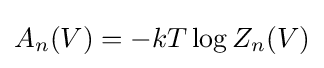
A_{n}(V)=-kT\log Z_{n}(V)